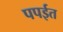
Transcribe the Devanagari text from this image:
पपईत